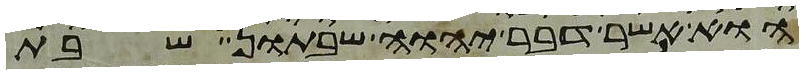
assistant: הוא אשר דבר יהוה שבתון שבת